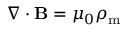
\nabla \cdot \mathbf { B } = \mu _ { 0 } \rho _ { \mathrm { m } }